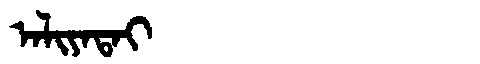
Manchu: ᠠᠯᡳᠶᠠᡨᠠᡳ
Romanization: ALIYATAI